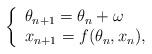
LaTeX: \begin{align*}\left\{\begin{array}{l}\theta_{n+1} = \theta_n + \omega \\x_{n+1} = f(\theta_n, x_n),\end{array}\right.\end{align*}